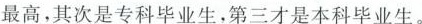
最高，其次是专科毕业生，第三才是本科毕业生。